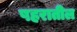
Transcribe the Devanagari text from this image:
षहरातील